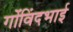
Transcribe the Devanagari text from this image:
गोंविंदभाई